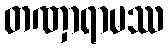
တဏှာရာမဿ